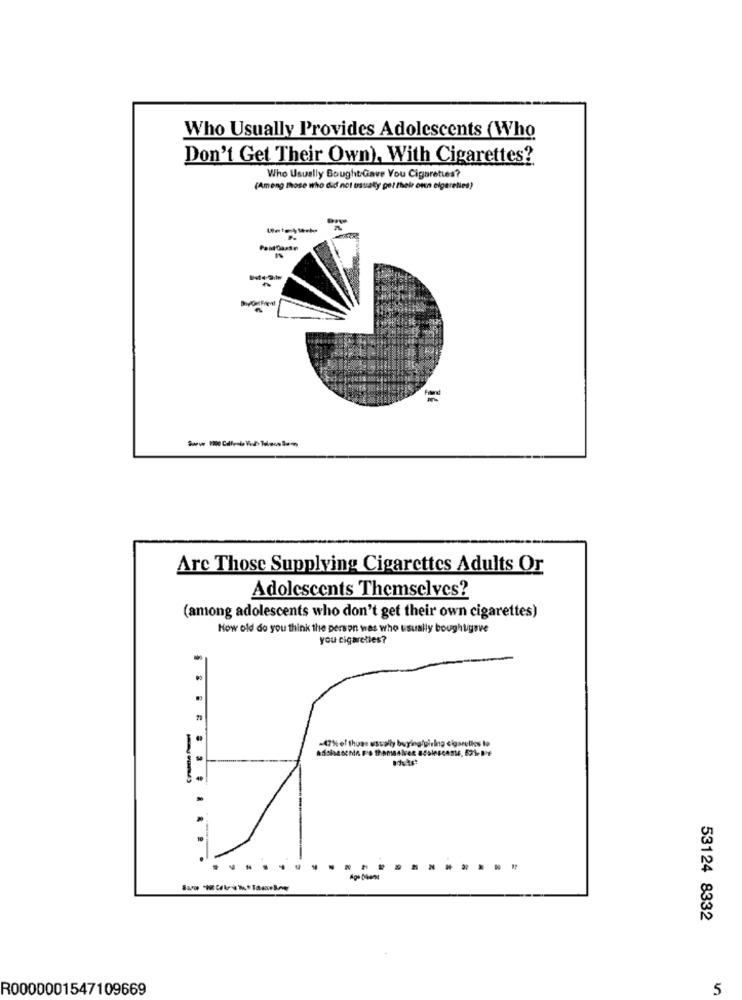
Who Usually Provides Adolescents (Who
Don't Get Their Own), With Cigarettes?
Who Usually Bought Gave You Cigarettes?
(Among those who did not usualy go! their own cigaretics)
Pantdass
Are Those Supplying Cigarettes Adults Or
Adolescents Themselves?
(among adolescents who don't get their own cigarettes)
How old do you think the person was who usually boughtgave
you cigaretles?
-47% of thuae usually buying/girling cigaretkes to
40
.
N
53124 8332
R0000001547109669
5